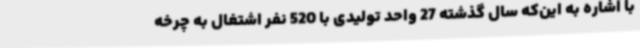
با اشاره به این‌که سال گذشته 27 واحد تولیدی با 520 نفر اشتغال به چرخه